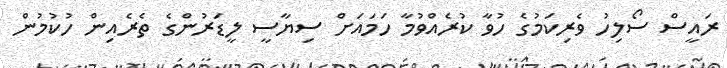
ރައީސް ސޯލިހު ވެރިކަމުގެ ހުވާ ކުރެއްވުމާ ހަމައަށް ސިޔާސީ ލީޑަރުންގެ ތެރެއިން ހުކުމުން